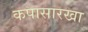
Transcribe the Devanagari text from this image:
कपासारखा